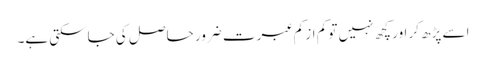
اسے پڑھ کر اور کچھ نہیں تو کم از کم عبرت ضرور حاصل کی جاسکتی ہے۔